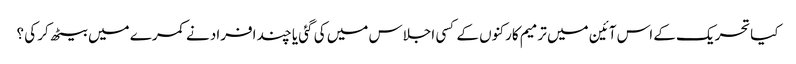
کیاتحریک کے اس آئین میں ترمیم کارکنوں کے کسی اجلاس میں کی گئی یا چند افراد نے کمرے میں بیٹھ کر کی ؟